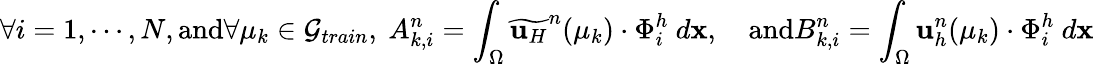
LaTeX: \forall i=1,\cdots,N,\textrm{and}\forall\mu_{k}\in\mathcal{G}_{train},\ A_{k,i}^{n}=\int_{\Omega}\widetilde{\mathbf{u}_{H}}^{n}(\mu_{k})\cdot\Phi_{i}^{h}\ d\textbf{x},\quad\textrm{and}B_{k,i}^{n}=\int_{\Omega}\mathbf{u}_{h}^{n}(\mu_{k})\cdot\Phi_{i}^{h}\ d\textbf{x}